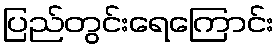
ပြည်တွင်းရေကြောင်း